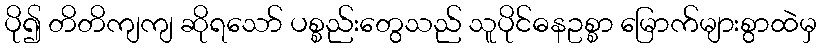
ပို၍ တိတိကျကျ ဆိုရသော် ပစ္စည်းတွေသည် သူပိုင်ဓနဥစ္စာ မြောက်များစွာထဲမှ